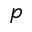
p